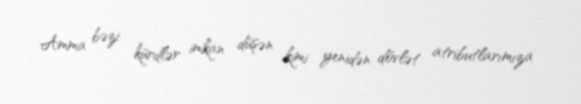
Amma bəzi kürdlər imkan düşən kimi yenidən dövlət atributlarımıza